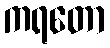
ကရတော